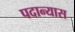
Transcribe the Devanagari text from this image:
पदान्यास